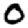
Digit: 0